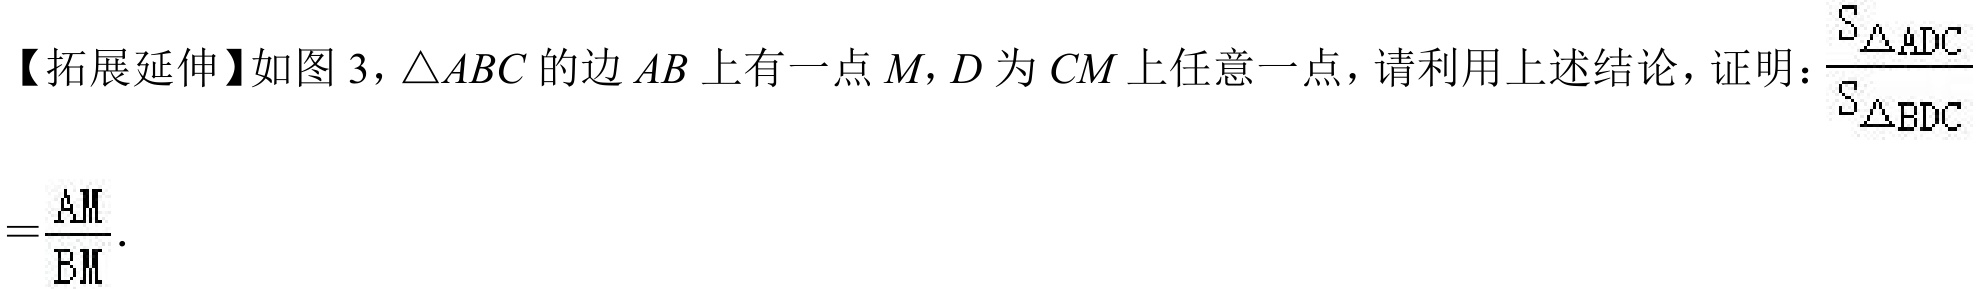
【拓展延伸】如图 3，$\triangle ABC$的边$AB$上有一点$M$，$D$为$CM$上任意一点，请利用上述结论，证明：$\frac{S_{\triangle ADC}}{S_{\triangle BDC}}=\frac{AM}{BM}$．